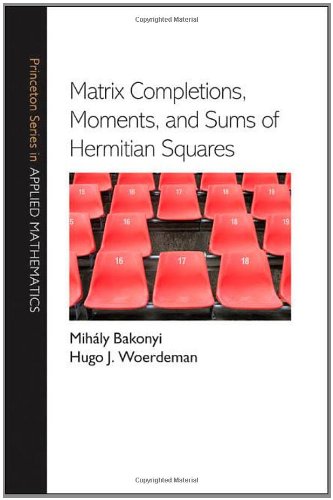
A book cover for Matrix Completions, Moments, and Sums of Hermitian Squares (Princeton Series in Applied Mathematics); MihÃ¡ly Bakonyi; Science & Math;